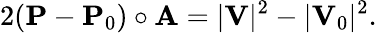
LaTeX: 2(\mathbf{P}-\mathbf{P}_{0})\circ\mathbf{A}=|\mathbf{V}|^{2}-|\mathbf{V}_{0}|^{2}.